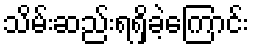
သိမ်းဆည်းရရှိခဲ့ကြောင်း